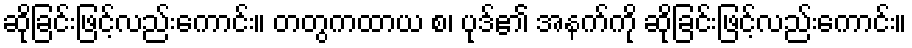
ဆိုခြင်းဖြင့်လည်းကောင်း။ တတွကထာယ စ၊ ပုဒ်၏ အနက်ကို ဆိုခြင်းဖြင့်လည်းကောင်း။